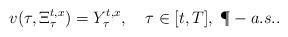
LaTeX: \begin{align*}v(\tau,\Xi_\tau^{t,x})=Y_\tau^{t,x},\, \;\;\; \tau \in [t,T], \; \P-a.s..\end{align*}